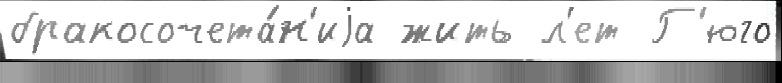
бракосочета́н'иjа жить л'ет Г'юго